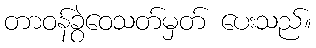
တာဝန်ခွဲဝေသတ်မှတ် ပေးသည်။